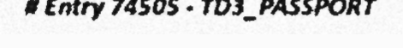
# Entry 74505 - TD3_PASSPORT